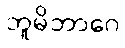
ဘူမိဘာဂေ